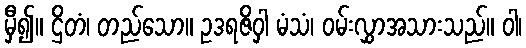
မှီ၍။ ဌိတံ၊ တည်သော။ ဥဒရဇိဝှါ မံသံ၊ ဝမ်းလွှာအသားသည်။ ဝါ၊